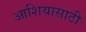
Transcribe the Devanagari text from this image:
आशियासाठी